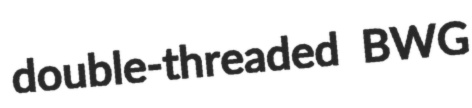
double-threaded BWG